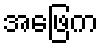
အဖြေက